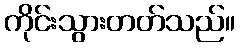
ကိုင်းသွားတတ်သည်။